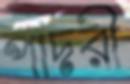
পাদরী